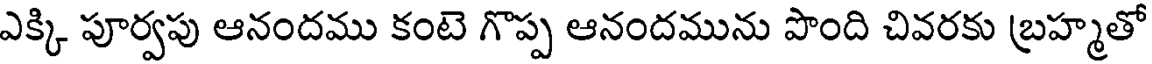
ఎక్కి పూర్వపు ఆనందము కంటె గొప్ప ఆనందమును పొంది చివరకు బ్రహ్మతో